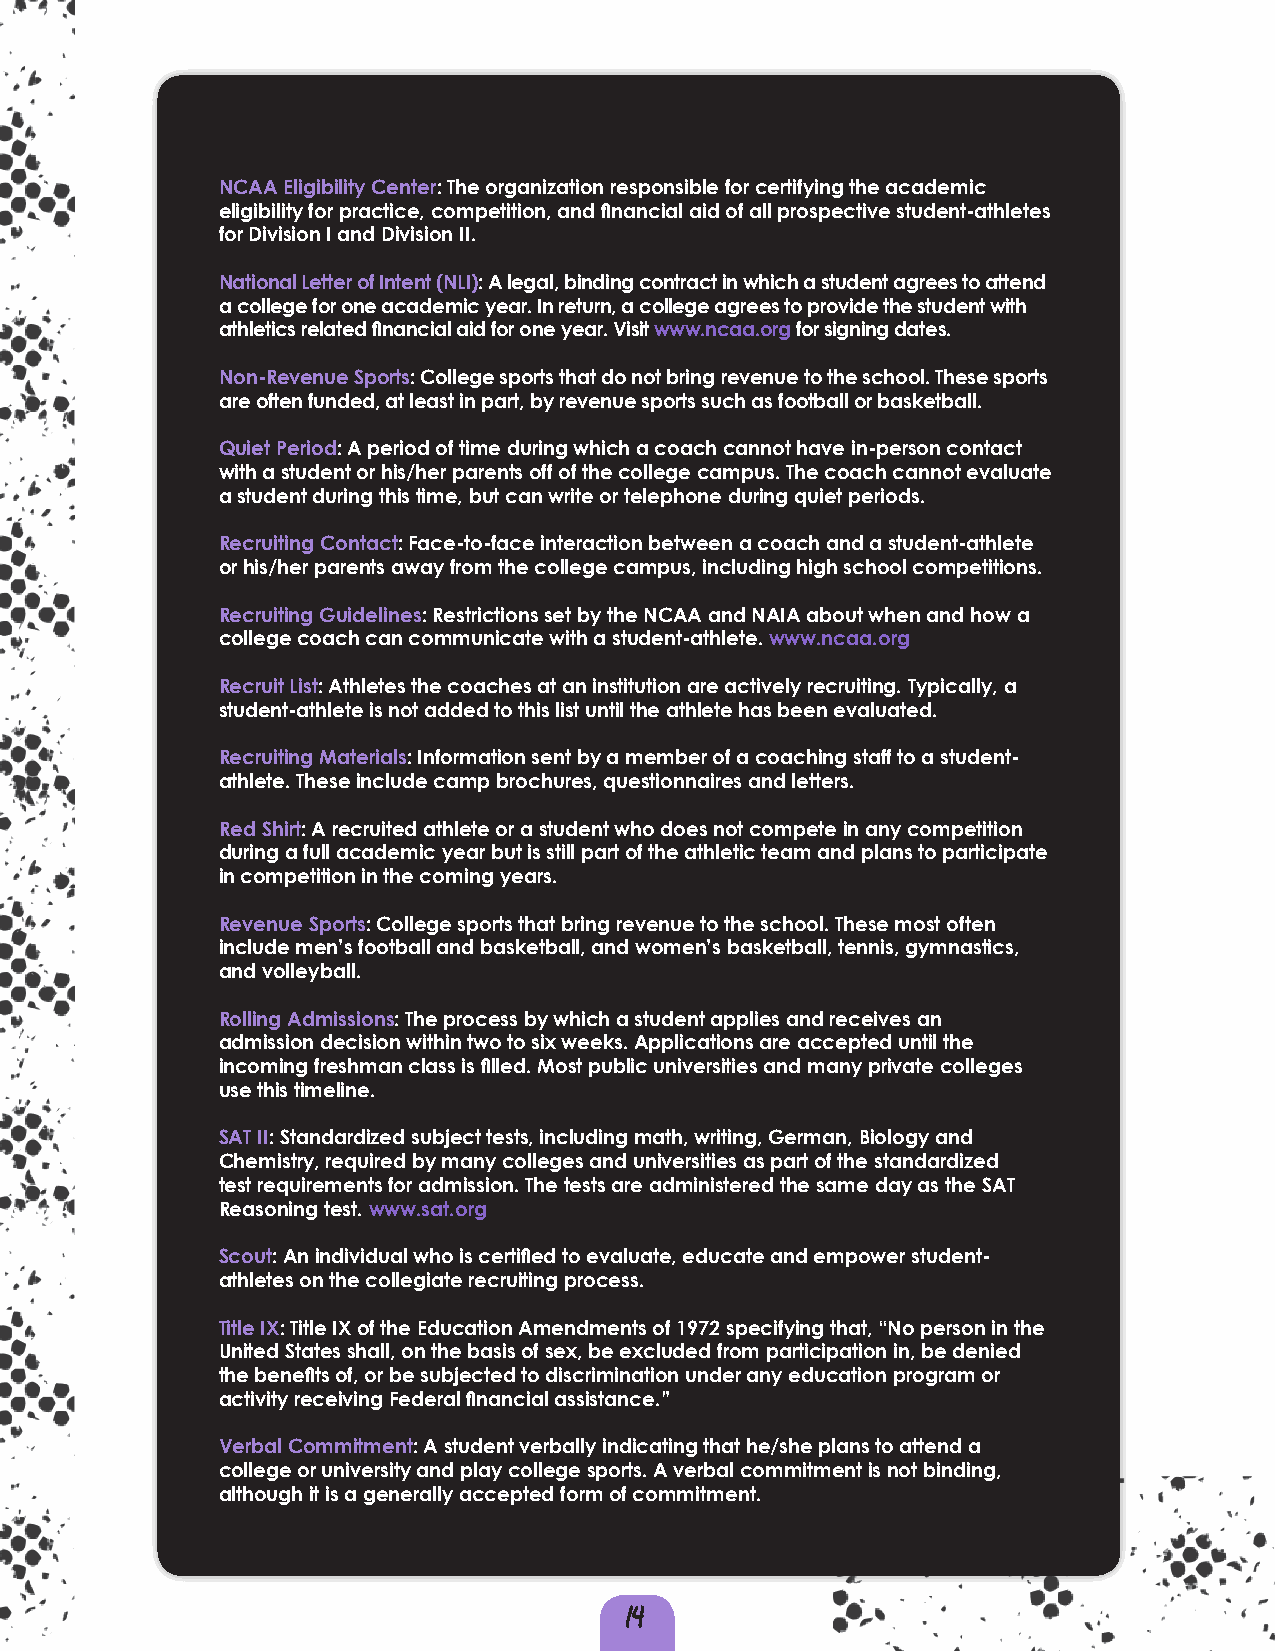
NCAA Eligibility Center: The organization responsible for certifying the academic
 eligibility for practice, competition, and financial aid of all prospective student-athletes
 for Division I and Division II.
 National Letter of Intent (NLI): A legal, binding contract in which a student agrees to attend
 a college for one academic year. In return, a college agrees to provide the student with
 athletics related financial aid for one year. Visit www.ncaa.org for signing dates.
 Non-Revenue Sports: College sports that do not bring revenue to the school. These sports
 are often funded, at least in part, by revenue sports such as football or basketball.
 Quiet Period: A period of time during which a coach cannot have in-person contact
 with a student or his/her parents off of the college campus. The coach cannot evaluate
 a student during this time, but can write or telephone during quiet periods.
 Recruiting Contact: Face-to-face interaction between a coach and a student-athlete
 or his/her parents away from the college campus, including high school competitions.
 Recruiting Guidelines: Restrictions set by the NCAA and NAIA about when and how a
 college coach can communicate with a student-athlete. www.ncaa.org
 Recruit List: Athletes the coaches at an institution are actively recruiting. Typically, a
 student-athlete is not added to this list until the athlete has been evaluated.
 Recruiting Materials: Information sent by a member of a coaching staff to a student-
 athlete. These include camp brochures, questionnaires and letters.
 Red Shirt: A recruited athlete or a student who does not compete in any competition
 during a full academic year but is still part of the athletic team and plans to participate
 in competition in the coming years.
 Revenue Sports: College sports that bring revenue to the school. These most often
 include men’s football and basketball, and women’s basketball, tennis, gymnastics,
 and volleyball.
 Rolling Admissions: The process by which a student applies and receives an
 admission decision within two to six weeks. Applications are accepted until the
 incoming freshman class is filled. Most public universities and many private colleges
 use this timeline.
 SAT II: Standardized subject tests, including math, writing, German, Biology and
 Chemistry, required by many colleges and universities as part of the standardized
 test requirements for admission. The tests are administered the same day as the SAT
 Reasoning test. www.sat.org
 Scout: An individual who is certified to evaluate, educate and empower student-
 athletes on the collegiate recruiting process.
 Title IX: Title IX of the Education Amendments of 1972 specifying that, “No person in the
 United States shall, on the basis of sex, be excluded from participation in, be denied
 the benefits of, or be subjected to discrimination under any education program or
 activity receiving Federal financial assistance.”
 Verbal Commitment: A student verbally indicating that he/she plans to attend a
 college or university and play college sports. A verbal commitment is not binding,
 although it is a generally accepted form of commitment.
 14